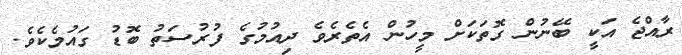
ރާއްޖެ އަކީ ބޭނުން ގޮތަކަށް މީހުން އެތެރެވެ ދިއުމުގެ ފުރުސަތު ބޮޑު ގައުމެކެވެ.